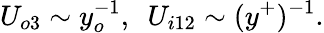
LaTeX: U_{o3}\sim y_{o}^{-1},\ \ U_{i12}\sim(y^{+})^{-1}.